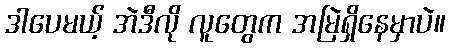
ဒါပေမယ့် အဲဒီလို လူတွေက အမြဲရှိနေမှာပဲ။